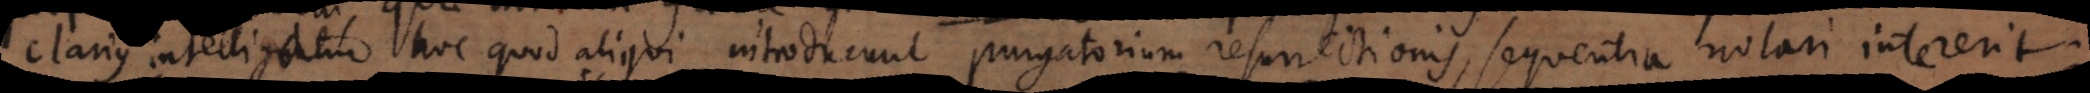
clarius intelligatur hoc quod aliqui introducunt purgatorium resurrectionis, sequentia notari intererit: